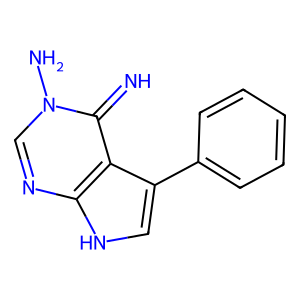
SMILES: N=c1c2c(-c3ccccc3)c[nH]c2ncn1N
Inhibits HIV replication: No